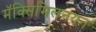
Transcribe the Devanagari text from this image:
मॅक्सिमिलनयन